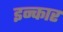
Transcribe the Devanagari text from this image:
इन्‍कार